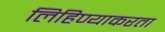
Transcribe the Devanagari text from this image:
लिहिण्याकरता